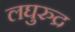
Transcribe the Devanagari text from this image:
लघुरुद्र